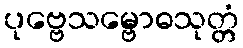
ပုဗ္ဗေသမ္ဗောဓသုတ္တံ